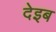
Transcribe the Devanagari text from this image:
देइब